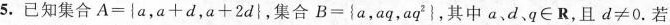
5.已知集合$$A= \left \{ a，a + d，a + 2 d \right \}$$，集合$$B = \left \{ a，a q，q^{2} \right \}$$，其中a，d、q∈R，且$$d ≠ 0$$.